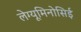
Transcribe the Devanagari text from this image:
लेग्यूमिनोसिई